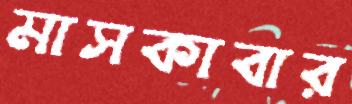
মাসকাবার